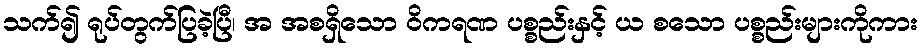
သက်၍ ရုပ်တွက်ပြခဲ့ပြီ၊ အ အစရှိသော ဝိကရဏ ပစ္စည်းနှင့် ယ စသော ပစ္စည်းများကိုကား